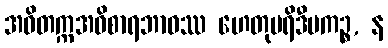
အဝိတက္ကအဝိစာရဘာဝဿ ဟေတုပရိဒီပကဉ္စ, န